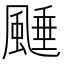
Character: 𩗰